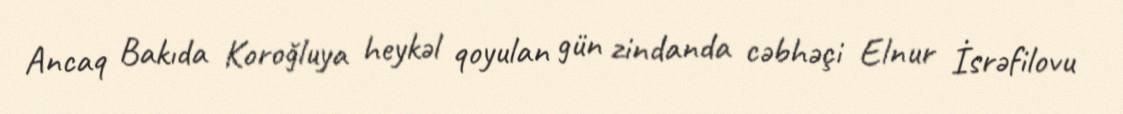
Ancaq Bakıda Koroğluya heykəl qoyulan gün zindanda cəbhəçi Elnur İsrəfilovu